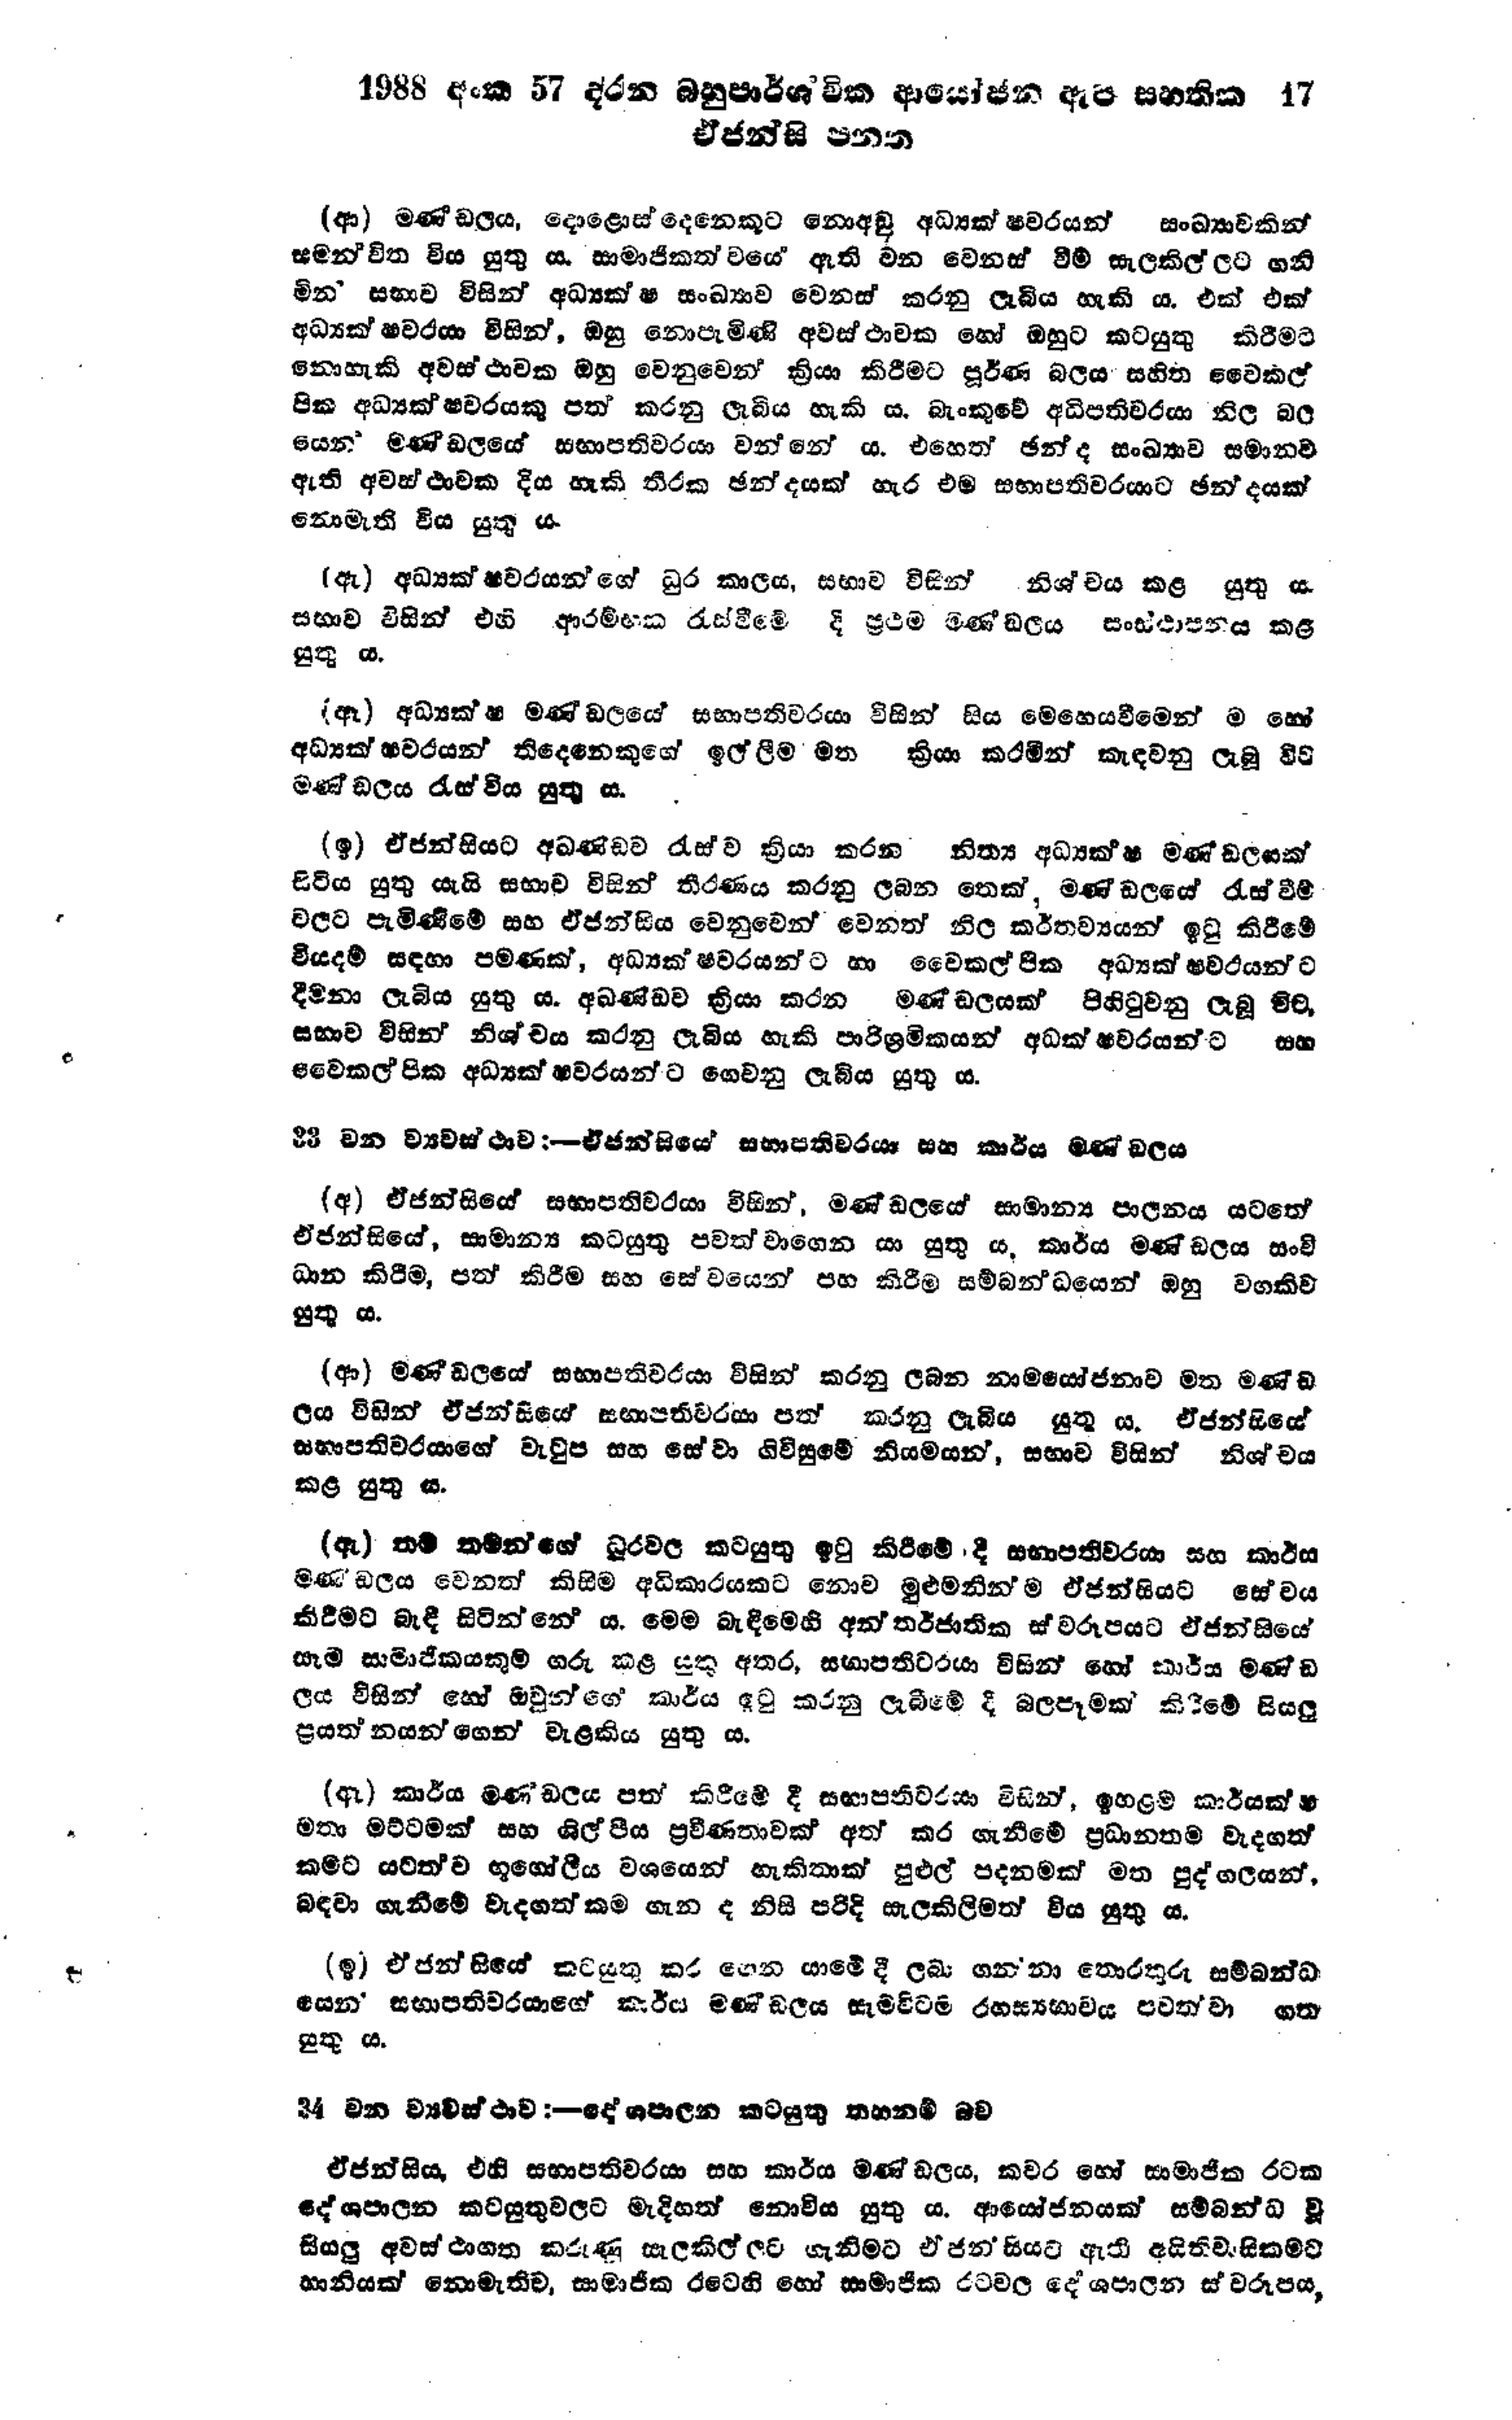
1988 අංක 57 දරන බහුපාර්ශ්වික ආයෝජන ඇප සහතික 17
ඒජන්සි පනත

(ආ) මණ්ඩලය, දොළොස්දෙනෙකුට නොඅඩු අධ්‍යක්ෂවරයන් සංඛ්‍යාවකින්
සමන්විත විය යුතු ය. සාමාජිකත්වයේ ඇති වන වෙනස් වීම් සැලකිල්ලට ගනි
මින සභාව විසින් අධ්‍යක්ෂ සංඛ්‍යාව වෙනස් කරනු ලැබීය හැකි ය. එක් එක්
අධ්‍යක්ෂවරයා විසින්, ඔහු නොපැමිණි අවස්ථාවක හෝ ඔහුට කටයුතු කිරීමට
නොහැකි අවස්ථාවක ඔහු වෙනුවෙන් ක්‍රියා කිරීමට පූර්ණ බලය සහිත වෛකල්
පික අධ්‍යක්ෂවරයකු පත් කරනු ලැබිය හැකි ය. බැංකුවේ අධිපතිවරයා නිල බල
යෙන් මණ්ඩලයේ සභාපතිවරයා වන්නේ ය. එහෙත් ඡන්ද සංඛ්‍යාව සමානව
ඇති අවස්ථාවක දිය හැකි තීරක ඡන්දයක් හැර එම සභාපතිවරයාට ඡන්දයක්
නොමැති විය යුතු ය.

(ඇ) අධ්‍යක්ෂවරයන්ගේ ධුර කාලය, සභාව විසින් නිශ්චය කළ යුතු ය
සභාව විසින් එහි ආරම්භක රැස්වීමේ දී ප්‍රථම මණ‍්ඩලය සංස්ථාපනය කළ
යුතු ය.

(ඈ) අධ්‍යක්ෂ මණ්ඩලයේ සභාපතිවරයා විසින් සිය මෙහෙයවීමෙන් ම හෝ
අධ්‍යක්ෂවරයන් තිදෙනෙකුගේ ඉල්ලීම මත ක්‍රියා කරමින් කැඳවනු ලැබූ විට
මණ්ඩලය රැස්විය යුතු ය.

(ඉ) ඒජන්සියට අඛණ්ඩව රැස්ව ක්‍රියා කරන නිත්‍ය අධ්‍යක්ෂ මණ්ඩලයක්
සිටිය යුතු යැයි සභාව විසින් තීරණය කරනු ලබන තෙක්, මණ්ඩලයේ රැස්වීම්
වලට පැමිණීමේ සහ ඒජන්සිය වෙනුවෙන් වෙනත් නිල කර්තව්‍යයන් ඉටු කිරීමේ
වියදම් සඳහා පමණක්, අධ්‍යක්ෂවරයන්ට හා වෛකල්පික අධ්‍යක්ෂවරයන්ට
දීමනා ලැබිය යුතුය.අඛණ්ඩව ක්‍රියා කරන මණ්ඩලයක් පිහිටුවනු ලැබූ විට,
සභාව විසින් නිශ්චය කරනු ලැබිය හැකි පාරිශ්‍රමිකයන් අධක්ෂවරයන්ට සහ
වෛකල්පික අධ්‍යක්ෂවරයන්ට ගෙවනු ලැබිය යුතු ය.

33 වන ව්‍යවස්ථාව :-එජන්සියෙ සභාපතිවරයා සහ කාර්ය මණ්ඩලය

(අ) ඒජන්සියේ සභාපතිවරයා විසින්, මණ්ඩලයේ සාමාන්‍ය පාලනය යටතේ
ඒජන්සියේ, සාමාන්‍ය කටයුතු පවත්වාගෙන යා යුතු ය, කාර්ය මණ්ඩලය සංචි
ධාන කිරීම, පත් කිරීම සහ සේවයෙන් පහ කිරීම සම්බන්ධයෙන් ඔහු වගකිව
යුතු ය.

(ආ) මණ්ඩලයේ සභාපතිවරයා විසින් කරනු ලබන නාමයෝජනාව මත මණ්ඩ
ලය විසින් ඒජන්සියේ සභාපතිවරයා පත් කරනු ලැබිය යුතු ය. ඒජන්සියේ
සභාපතිවරයාගේ වැටුප සහ සේවා ගිවිසුමේ නියමයන්, සභාව විසින් නිශ්චය
කළ යුතු ය.

(ඇ) තම් තමන්ගේ ධූරවල කටයුතු ඉටු කිරීමේ දී සභාපතිවරයා සහ කාර්ය
මණ්ඩලය වෙනත් කිසිම අධිකාරයකට නොව මුළුමනින්ම ඒජන්සියට සේවය
කිරීමට බැඳී සිටින්නේ ය. මෙම බැඳීමෙහි අන්තර් ජාතික ස්වරූපයට ඒජන්සියේ
සෑම සාමාජිකයකුම් ගරු කළ යුතු අතර, සභාපතිවරයා විසින් හෝ කාර්ය මණ්ඩ
ලය විසින් හෝ ඔවුන්ගේ කාර්ය ඉටු කරනු ලැබීමේ දී බලපෑමක් කිරීමේ සියලු
ප්‍රයත්නයන්ගෙන් වැළකිය යුතු ය.

(ඈ) කාර්ය මණ්ඩලය පත් කිරීමේ දී සභාපතිවරයා විසින්, ඉහළම් කාර්යක්ෂ
මතා මට්ටමක් සහ ශිල්පීය ප්‍රවීණතාවක් අත් කර ගැනීමේ ප්‍රධානතම වැදගත්
කමට යටත්ව භූගෝලීය වශයෙන් හැකිතාක් පුළුල් පදනමක් මත පුද්ගලයන්,
බඳවා ගැනීමේ වැදගත්කම ගැන ද නිසි පරිදි සැලකිලිමත් විය යුතු ය.

(ඉ) ඒජන්සියේ කටයුතු කර ගෙන යාමේ දී ලබා ගන්නා තොරතුරු සම්බන්ධ
යෙන් සභාපතිවරයාගේ කාර්ය මණ්ඩලය සැම විටම රහස්‍යභාවය පවත්වා ගත
යුතු ය.

34 වන ව්‍යවස්ථාව — දේශපාලන කටයුතු තහනම් බව

ඒජන්සිය, එහි සභාපතිවරයා සහ කාර්ය මණ්ඩලය, කවර හෝ සාමාජික රටක
දේශපාලන කටයුතුවලට මැදිහත් නොවිය යුතුය. ආයෝජනයක් සම්බන්ධ වූ
සියලු අවස්ථාගත කරුණු සැලකිල්ලට ගැනීමට ඒජනසියට ඇති අයිතිවාසිකමට
හානියක් නොමැතිව, සාමාජික රටෙහි හෝ සාමාජික රටවල දේශපාලන ස්වරූපය.